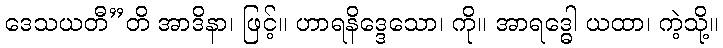
ဒေသယတီ”တိ အာဒိနာ၊ ဖြင့်။ ဟာရနိဒ္ဒေသော၊ ကို။ အာရဒ္ဓေါ ယထာ၊ ကဲ့သို့။